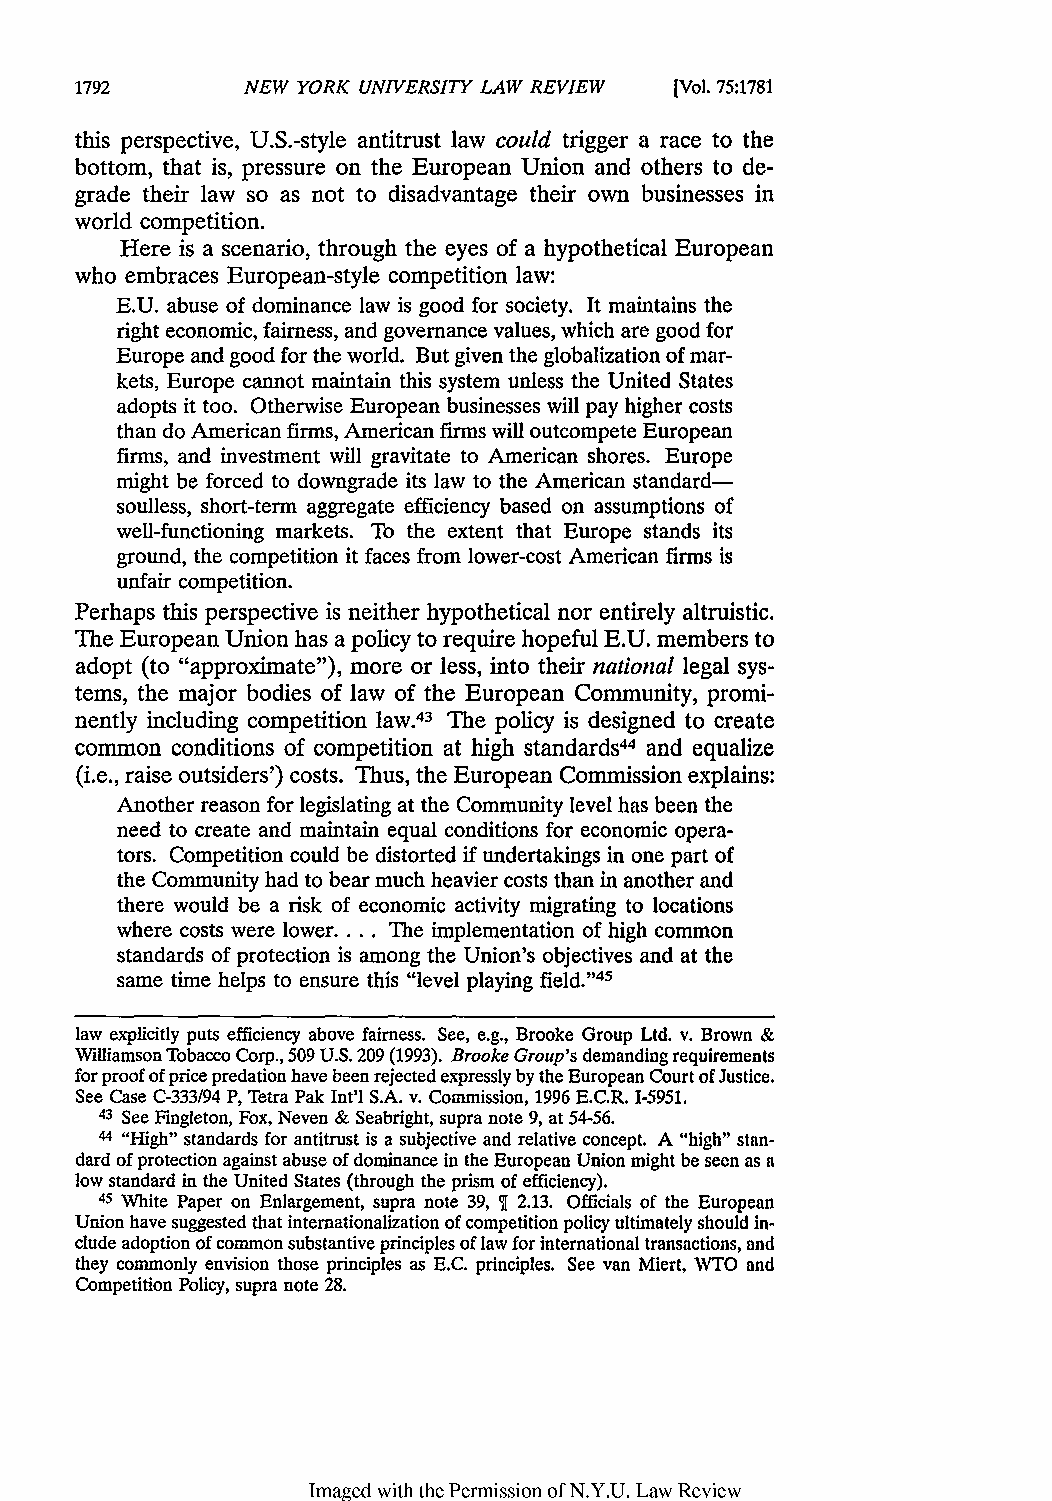
NEW YORK UNIVERSITY LAW REVIEW [Vol. 75:1781
 this perspective, U.S.-style antitrust law could trigger a race to the
 bottom, that is, pressure on the European Union and others to de-
 grade their law so as not to disadvantage their own businesses in
 world competition.
 Here is a scenario, through the eyes of a hypothetical European
 who embraces European-style competition law:
 E.U. abuse of dominance law is good for society. It maintains the
 right economic, fairness, and governance values, which are good for
 Europe and good for the world. But given the globalization of mar-
 kets, Europe cannot maintain this system unless the United States
 adopts it too. Otherwise European businesses will pay higher costs
 than do American firms, American firms will outcompete European
 firms, and investment will gravitate to American shores. Europe
 might be forced to downgrade its law to the American standard-
 soulless, short-term aggregate efficiency based on assumptions of
 well-functioning markets. To the extent that Europe stands its
 ground, the competition it faces from lower-cost American firms is
 unfair competition.
 Perhaps this perspective is neither hypothetical nor entirely altruistic.
 The European Union has a policy to require hopeful E.U. members to
 adopt (to "approximate"), more or less, into their national legal sys-
 tems, the major bodies of law of the European Community, promi-
 nently including competition law.43 The policy is designed to create
 common conditions of competition at high standards44 and equalize
 (i.e., raise outsiders') costs. Thus, the European Commission explains:
 Another reason for legislating at the Community level has been the
 need to create and maintain equal conditions for economic opera-
 tors. Competition could be distorted if undertakings in one part of
 the Community had to bear much heavier costs than in another and
 there would be a risk of economic activity migrating to locations
 where costs were lower.... The implementation of high common
 standards of protection is among the Union's objectives and at the
 same time helps to ensure this "level playing field."'45
 law explicitly puts efficiency above fairness. See, e.g., Brooke Group Ltd. v. Brown &
 Williamson Tobacco Corp., 509 U.S. 209 (1993). Brooke Group's demanding requirements
 for proof of price predation have been rejected expressly by the European Court of Justice.
 See Case C-333/94 P, Tetra Pak Int'l S.A. v. Commission, 1996 E.C.R. 1-5951.
 43 See Fingleton, Fox, Neven & Seabright, supra note 9, at 54-56.
 44 "High" standards for antitrust is a subjective and relative concept. A "high" stan-
 dard of protection against abuse of dominance in the European Union might be seen as a
 low standard in the United States (through the prism of efficiency).
 45 White Paper on Enlargement, supra note 39, 2.13. Officials of the European
 Union have suggested that internationalization of competition policy ultimately should in-
 clude adoption of common substantive principles of law for international transactions, and
 they commonly envision those principles as E.C. principles. See van Miert, WTO and
 Competition Policy, supra note 28.
 Imaged with the Permission of N.Y.U. Law Review